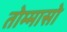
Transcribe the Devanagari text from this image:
तोम्मासो